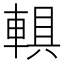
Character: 𨍄